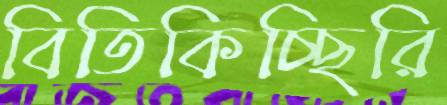
বিতিকিচ্ছিরি